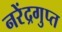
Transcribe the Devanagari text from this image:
नरेंद्रगुप्त